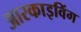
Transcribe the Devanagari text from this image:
आरकाइविंग